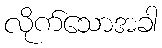
လိုက်သောအခါ